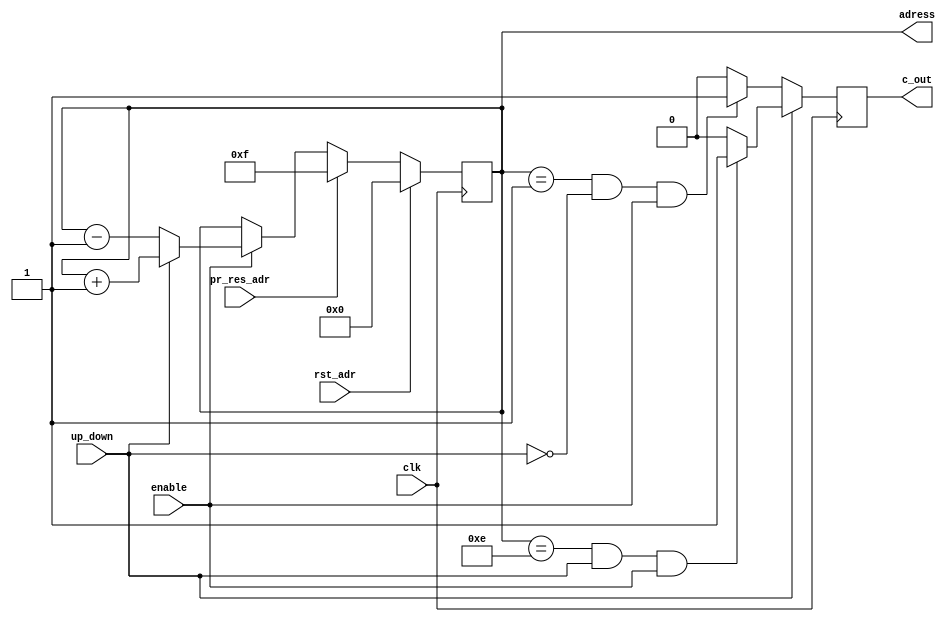
module adr_gen #(parameter ADR_SIZE = 4) (clk, rst_adr, pr_res_adr, enable, up_down, adress, c_out);

input clk, rst_adr, pr_res_adr, enable, up_down;
output reg [ADR_SIZE-1:0] adress;
output reg c_out;

wire a, b;

assign a = (adress=={{ADR_SIZE-1{1'b1}},1'b0} && up_down && enable) ? 1'b1 : 1'b0;
assign b = (adress=={{ADR_SIZE-1{1'b0}},1'b1} && !up_down && enable) ? 1'b1 : 1'b0;

always@(posedge clk)begin
	if(up_down) c_out<=a;
    else c_out<=b;	
end

always@(posedge clk)begin
	if(rst_adr) adress <= {ADR_SIZE{1'b0}};
	else if (pr_res_adr) adress <={ADR_SIZE{1'b1}};
	else if (enable) begin
		if(up_down) adress <= adress+{{ADR_SIZE-1{1'b0}},1'b1};
		else adress <= adress-{{ADR_SIZE-1{1'b0}},1'b1};
	end
end
endmodule